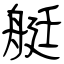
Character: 艇